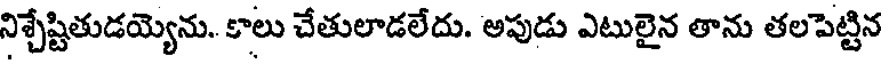
నిశ్చేష్టితుడయ్యెను.. కాలు చేతులాడలేదు. అపుడు ఎటులైన తాను తలపెట్టిన